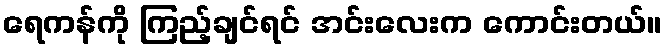
ရေကန်ကို ကြည့်ချင်ရင် အင်းလေးက ကောင်းတယ်။